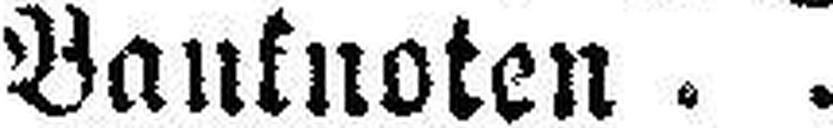
Banknoten